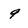
Character: 9